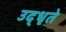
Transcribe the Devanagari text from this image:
उद्‌धृते